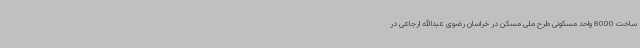
ساخت 8000 واحد مسکونی طرح ملی مسکن در خراسان رضوی عبدالله ارجاعی در